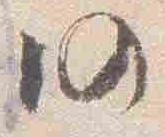
仍